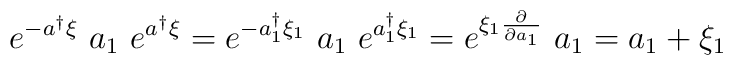
e^{-a^\dag \xi}~a_1~e^{a^\dag \xi} = e^{-a_1^\dag \xi_1} ~ a_1~e^{a_1^\dag \xi_1} = e^{\xi_1 \frac{\partial}{\partial a_1}}~a_1 = a_1+\xi_1